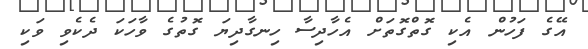
އޭގެ ފަހުން އެކި ގޮތްގޮތަށް އެހާދިސާ ހިނގާދިޔަ ގޮތުގެ ވާހަކަ ދެކެވި ވަކި